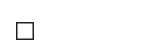
٤